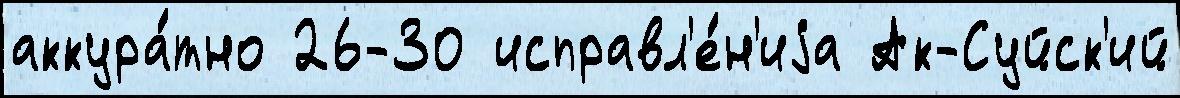
аккура́тно 26-30 исправл'е́н'иjа Ак-Суйск'ий